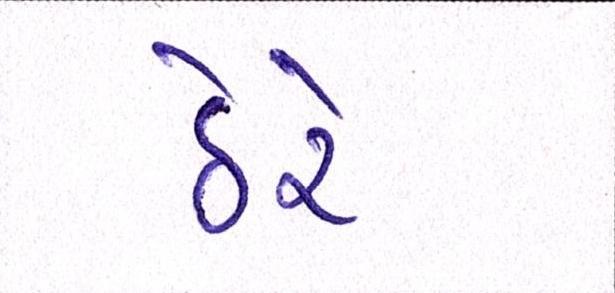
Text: ઠેરે